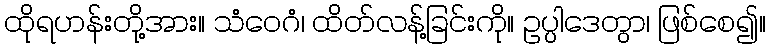
ထိုရဟန်းတို့အား။ သံဝေဂံ၊ ထိတ်လန့်ခြင်းကို။ ဥပ္ပါဒေတွာ၊ ဖြစ်စေ၍။